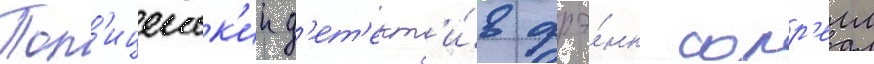
Пол'ицеиск'ии д'ет'ект'и́в фрэ́нк сорр'елл